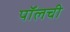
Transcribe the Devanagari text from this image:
पॉलची